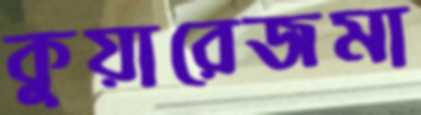
কুয়ারেজমা